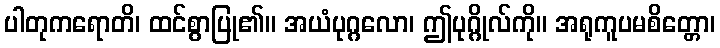
ပါတုကရောတိ၊ ထင်စွာပြု၏။ အယံပုဂ္ဂလော၊ ဤပုဂ္ဂိုလ်ကို။ အရုကူပမစိတ္တော၊